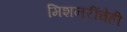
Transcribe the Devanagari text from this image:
मिशनरींचेही